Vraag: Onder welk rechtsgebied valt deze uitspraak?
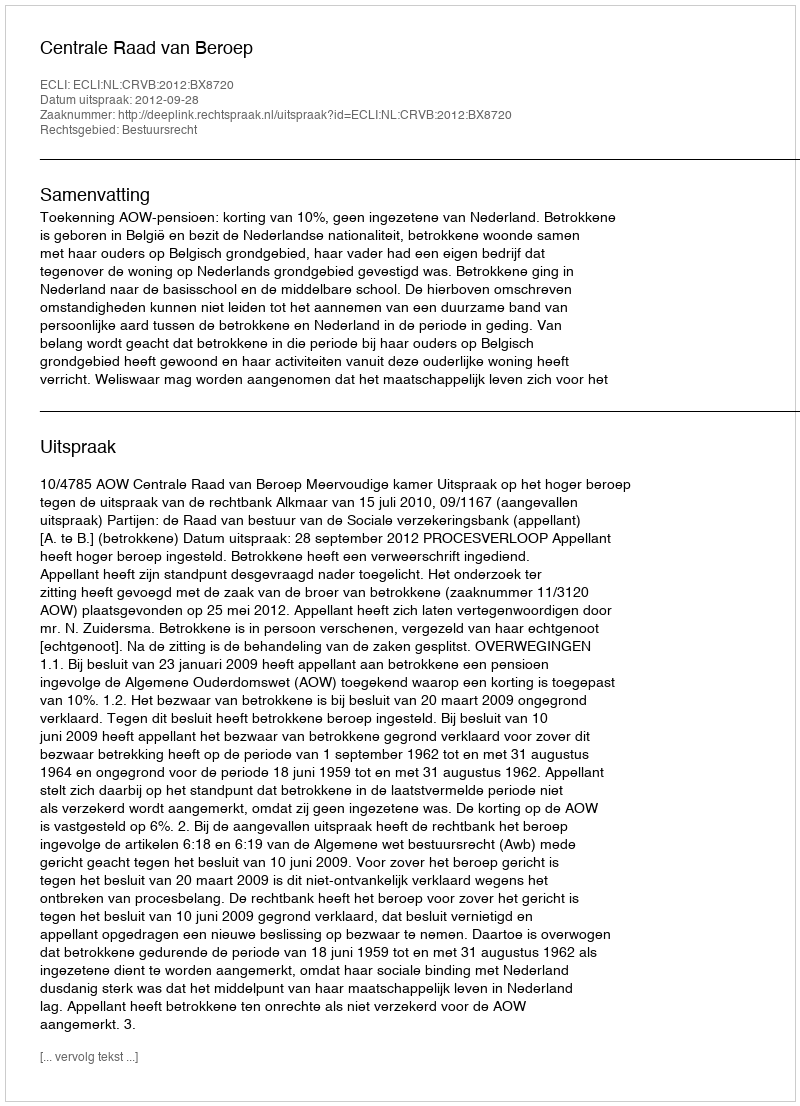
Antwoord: Bestuursrecht